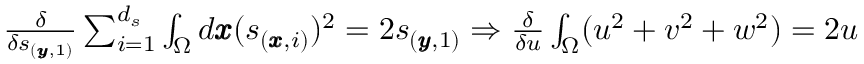
\begin{array} { r } { \frac { \delta } { \delta \mathscr { s } _ { ( \pmb { y } , 1 ) } } \sum _ { i = 1 } ^ { d _ { s } } \int _ { \Omega } d \pmb { x } ( \mathscr { s } _ { ( \pmb { x } , i ) } ) ^ { 2 } = 2 \mathscr { s } _ { ( \pmb { y } , 1 ) } \Rightarrow \frac { \delta } { \delta u } \int _ { \Omega } ( u ^ { 2 } + v ^ { 2 } + w ^ { 2 } ) = 2 u } \end{array}